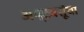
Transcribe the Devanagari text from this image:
अष्टवसूंचा